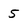
Character: 5